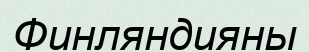
Финляндияны